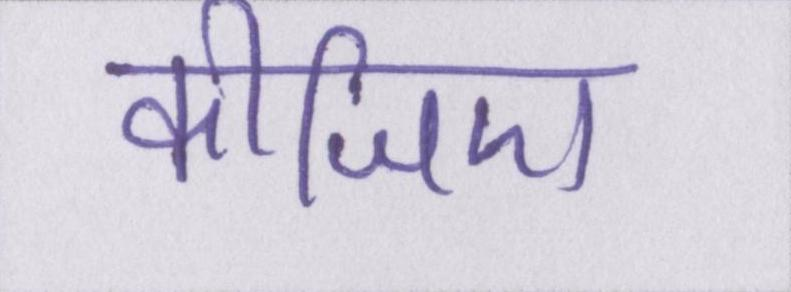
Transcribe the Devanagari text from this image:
कीजिए